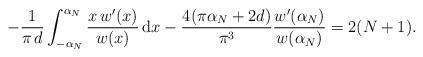
LaTeX: \begin{align*}- \frac{1}{\pi \, d} \int_{-\alpha_{N}}^{\alpha_{N}} \frac{x\, w'(x)}{w(x)} \, \mathrm{d}x- \frac{4(\pi \alpha_{N} + 2d)}{\pi^{3}} \frac{w'(\alpha_{N})}{w(\alpha_{N})} = 2(N+1).\end{align*}